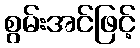
စွမ်းအင်ဖြင့်